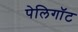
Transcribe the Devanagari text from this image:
पेलिगॉट